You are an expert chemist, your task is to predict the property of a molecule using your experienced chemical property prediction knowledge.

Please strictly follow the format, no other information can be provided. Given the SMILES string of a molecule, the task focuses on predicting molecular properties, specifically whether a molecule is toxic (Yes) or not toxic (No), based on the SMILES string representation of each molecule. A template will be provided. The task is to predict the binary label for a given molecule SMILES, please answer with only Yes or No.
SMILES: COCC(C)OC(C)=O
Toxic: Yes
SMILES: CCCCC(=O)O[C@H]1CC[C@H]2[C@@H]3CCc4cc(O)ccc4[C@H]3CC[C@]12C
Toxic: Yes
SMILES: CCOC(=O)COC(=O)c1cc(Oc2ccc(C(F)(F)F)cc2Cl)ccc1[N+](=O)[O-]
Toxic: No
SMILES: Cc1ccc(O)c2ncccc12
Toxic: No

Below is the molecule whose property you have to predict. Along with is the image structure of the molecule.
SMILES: CC1=C(/C=C/C(C)=C/C=C/C(C)=C/CO)C(C)(C)CCC1
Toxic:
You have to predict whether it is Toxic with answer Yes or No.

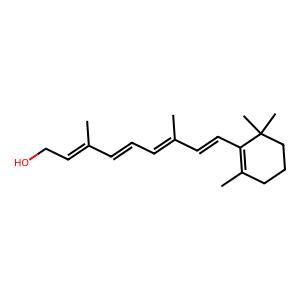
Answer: No